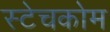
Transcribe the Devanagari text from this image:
स्टेचकोम